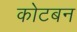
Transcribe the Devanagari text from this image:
कोटबन